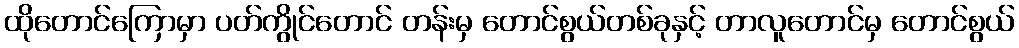
ထိုတောင်ကြောမှာ ပတ်ကွိုင်တောင် တန်းမှ တောင်စွယ်တစ်ခုနှင့် တာလူတောင်မှ တောင်စွယ်